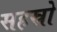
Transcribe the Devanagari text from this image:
सहस्रो